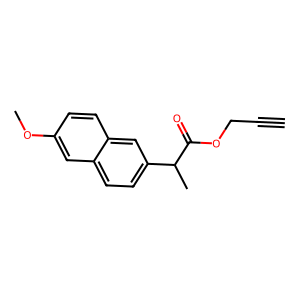
SMILES: C#CCOC(=O)C(C)c1ccc2cc(OC)ccc2c1
Inhibits HIV replication: No